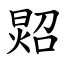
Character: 㷖